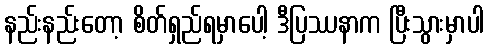
နည်းနည်းတော့ စိတ်ရှည်ရမှာပေါ့ ဒီပြဿနာက ပြီးသွားမှာပါ